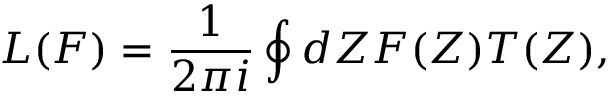
L ( F ) = \frac { 1 } { 2 \pi i } \oint d Z F ( Z ) T ( Z ) ,